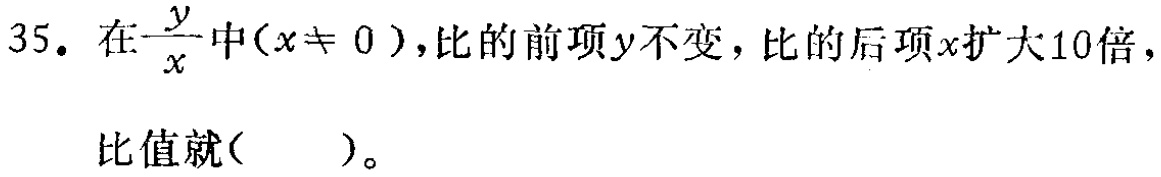
35. 在$\frac{y}{x}$中($x\neq 0$)，比的前项$y$不变，比的后项$x$扩大10倍，比值就( )。